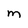
Character: M